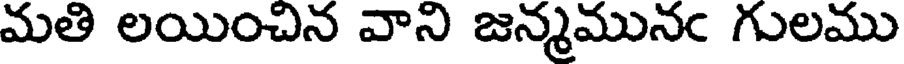
మతి లయించిన వాని జన్మమునఁ గులము